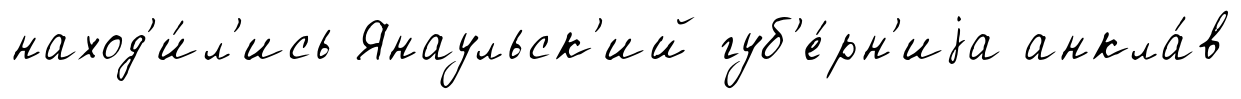
наход'и́л'ись Янаульск'ий губ'е́рн'иjа анкла́в